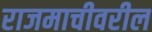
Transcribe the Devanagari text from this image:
राजमाचीवरील